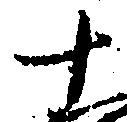
十